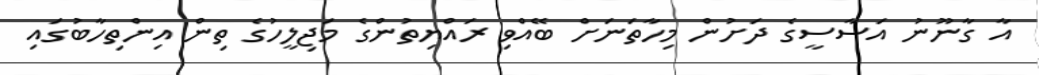
އާ ގާނޫނު އަސާސީގެ ދަށުން މިހާތަނަށް ބޭއްވި ރައްޔިތުންގެ މަޖިލީހުގެ ތިން އިންތިހާބުގައި